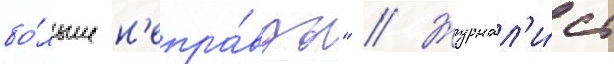
бо́льше н'епра́вды" // Журнал'и́ст